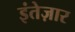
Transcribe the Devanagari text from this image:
इंतेज़ार